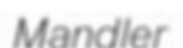
Mandler